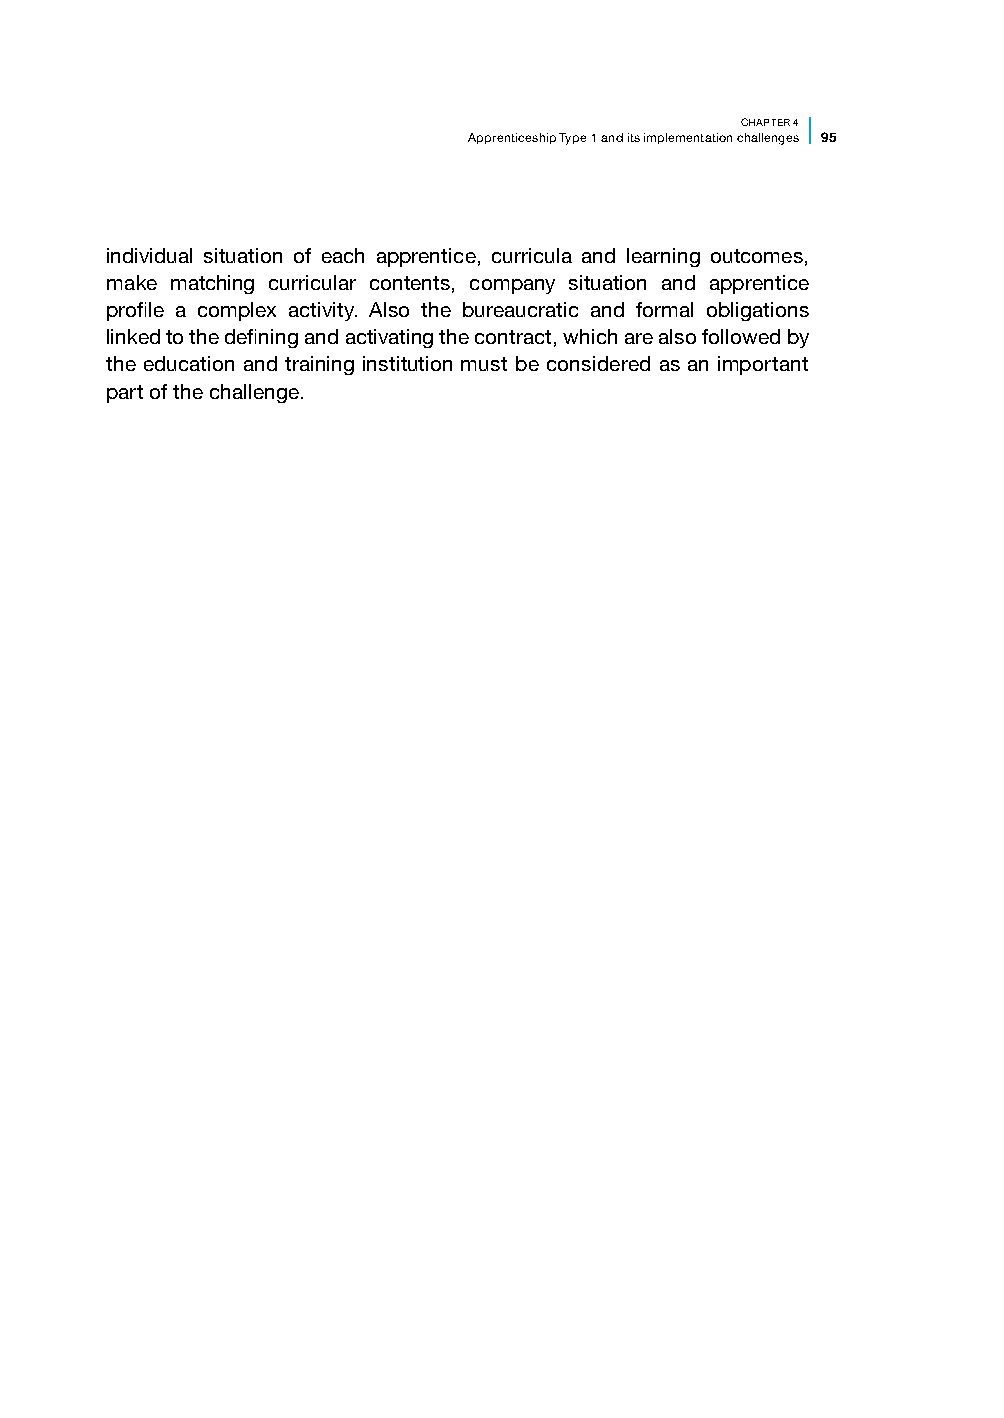
CHAPTER 4
 Apprenticeship Type 1 and its implementation challenges 95
 individual situation of each apprentice, curricula and learning outcomes,
 make matching curricular contents, company situation and apprentice
 profile a complex activity. Also the bureaucratic and formal obligations
 linked to the defining and activating the contract, which are also followed by
 the education and training institution must be considered as an important
 part of the challenge.